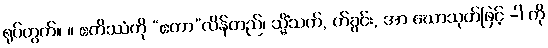
ရုပ်တွက်။ ။ ဧတိဿံကို “ဧတာ”လိန်တည်၊ သ္မိံသက်, တ်ခွင်း, အာ ဃောသုတ်ဖြင့် -ါ ကို